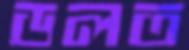
ডলত